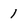
Character: 1